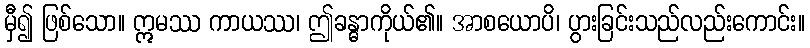
မှီ၍ ဖြစ်သော။ ဣမဿ ကာယဿ၊ ဤခန္ဓာကိုယ်၏။ အာစယောပိ၊ ပွားခြင်းသည်လည်းကောင်း။